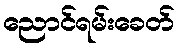
ညောင်ရမ်းခေတ်